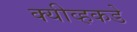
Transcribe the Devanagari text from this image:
क्यीव्हकडे